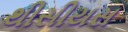
થીસીયસ